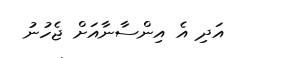
އަދި އެ އިންސާނާއަށް ޖެހުނު